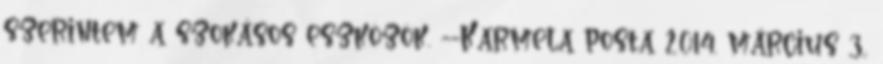
szerintem a szokásos eszközök. --Karmela posta 2014. március 3.,